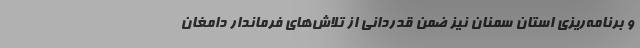
و برنامه‌ریزی استان سمنان نیز ضمن قدردانی از تلاش‌های فرماندار دامغان